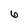
Character: 6